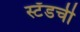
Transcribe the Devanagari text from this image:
स्टँडची